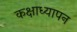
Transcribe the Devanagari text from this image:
कक्षाध्यापन